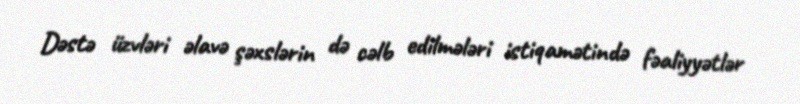
Dəstə üzvləri əlavə şəxslərin də cəlb edilmələri istiqamətində fəaliyyətlər